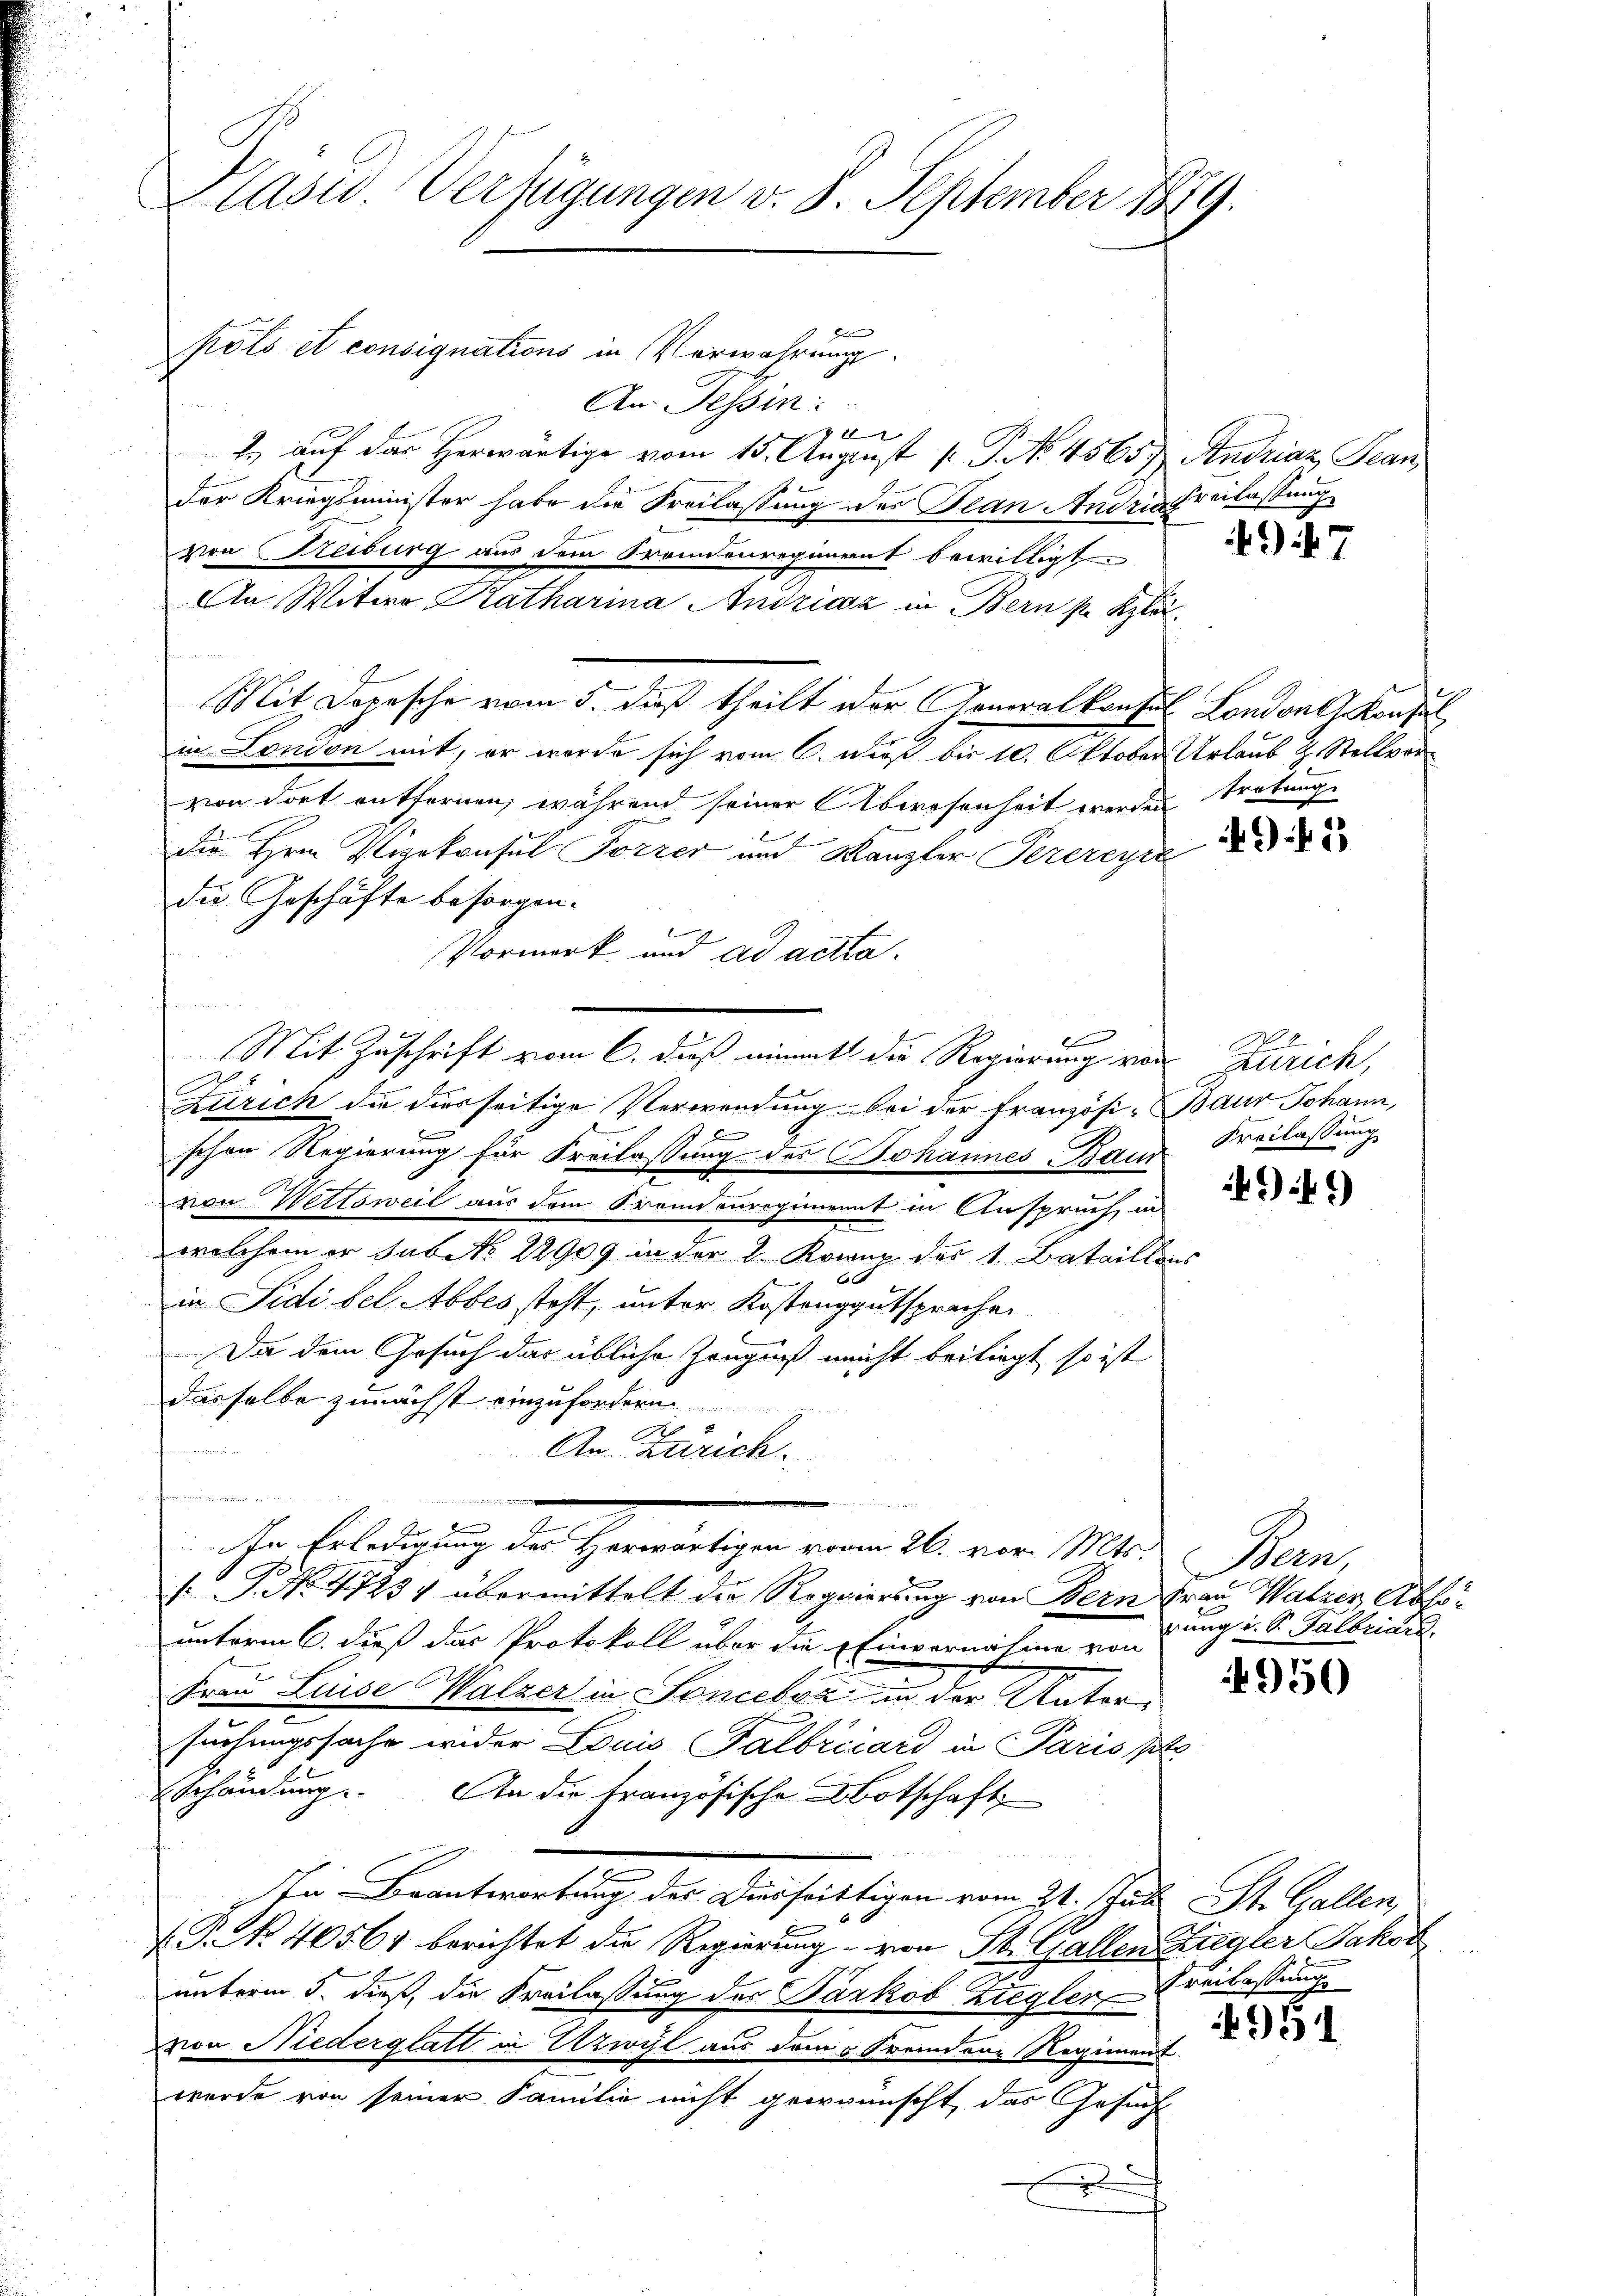
Pasw. Verfügungen v. 8. September 1889.

Heer
polo et consignations in Verwahrung
An Tessin:
x
2. auf das Herwärtige vom 15. August [ P. No. 4565. Andriaz, Jean
der Kriegsminister habe die Freilassung des Jean Andria Beilassung
von Freiburg aus dem Brennenregiment bewilligt.
An Witwe Katharina Andricz in Bern s. Klä¬
Mit Dopesche vom 5. dieß theilt der Generalkonsul London Konsul
in London mit, er werde sich vom 6. Fuß bis 10. Oktober Urlaub z. Stellvervon dort entfernen, während seiner Abwesenheit werden tretunge
die Hrn. Verkonsul Forrer und Kanzler Perereye
die Geschäfte besorgen.
Vormerk und ad acta.
Mit Zuschrift vom 6. daß einmitt die Regierung von Zürich,
h
e
Zürich die diesseitige Verwendung bei der Französi-Baur Johann,
b
schon Regierung für Freilassung des Johannes-Baur
von Wettsweil aus dem Fremdenregiment in Anspruch, in
welchem er subet. 22909 in der 2. Kower des 1. Bataillons
i
in Sidi bel. Abbes steht, unter Kostenggutsprachen
Da dem Gesuch das übliche Zeugniß nicht beiliegt so ist
dasselbe zunächst einzufordern
An Zürich.
.
i
In Erledigung des Herwärtigen vom 26. vor. Mts.
. P. No. 4723v übermittelt der Regierung von Bern Frau Walzer, Absounterm 6. dieß das Protokoll über die Einvernahme von
Frau Luise Walzer in Soneber in der Untersuchungssache wider Louis Falbricard in Paris st
Schändung. An die französische Botschaft,
In Beantwortung des Dürfristigen vom 21. Juli St. Gallen,
(P. Nr. 40561 berichtet die Regierung von St. Gallen Ziegler Jakob
unterm 5. dieß, die Freilassung des Jackob Ziegler verlassung
von Niederglatt in Uzwyl aus dem Fremder Regiment
wurde von seiner Familie nicht gewünscht, das Gesuch
x

d

1) . 7

3

Freilassung

44)

Man,
rung u. St. Galbriare.

950

951